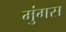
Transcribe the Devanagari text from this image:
मुंगस